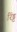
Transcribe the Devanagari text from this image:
रिंड्ट